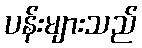
ပန်းများသည်